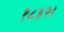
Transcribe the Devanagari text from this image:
१८३२।